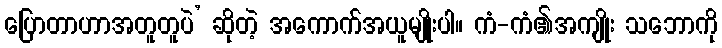
ပြောတာဟာအတူတူပဲ’ ဆိုတဲ့ အကောက်အယူမျိုးပါ။ ကံ-ကံ၏အကျိုး သဘောကို